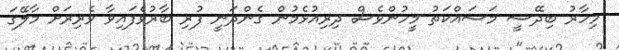
މިހާރު ބިދޭސީ މަސައްކަތު މީހުންވެސް ދިިރިއުޅެމުން ގެންދަނީ ފުރި ބާރުވެފައިވާ ވެރިރަށް މާލޭގަ